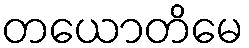
တယောတိမေ